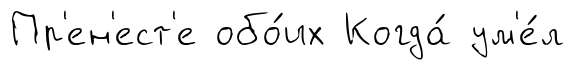
Пр'ен'ест'е обо́их Когда́ ум'е́л